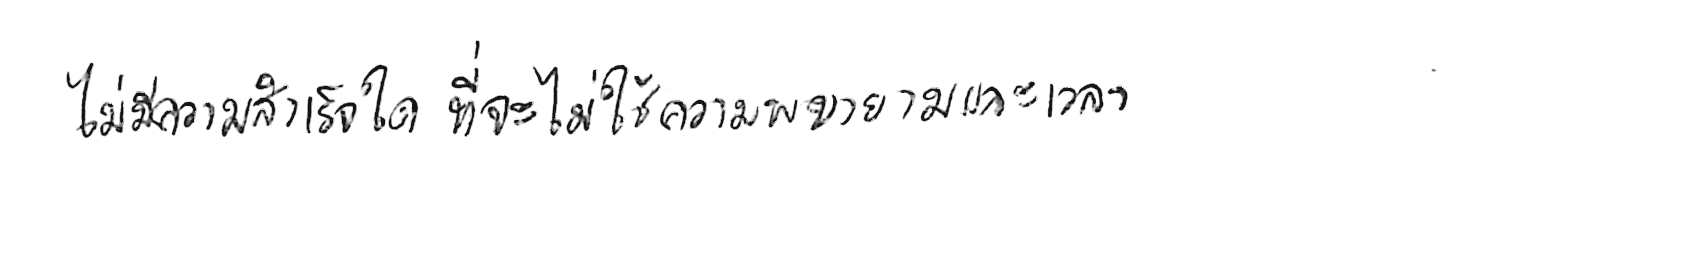
ไม่มีความสำเร็จใด ที่จะไม่ใช้ความพยายามและเวลา